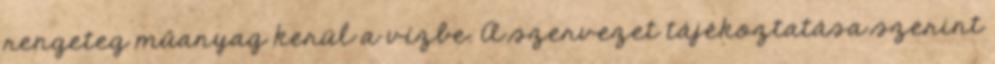
rengeteg műanyag kerül a vízbe. A szervezet tájékoztatása szerint